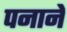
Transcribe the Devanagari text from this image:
पनाने